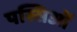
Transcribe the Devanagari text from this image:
पस्सिओं